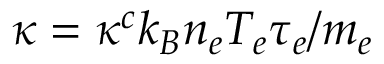
\kappa = \kappa ^ { c } k _ { B } n _ { e } T _ { e } \tau _ { e } / m _ { e }